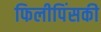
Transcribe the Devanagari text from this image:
फिलीपिंसकी